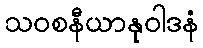
သဝစနီယာနုဝါဒနံ